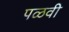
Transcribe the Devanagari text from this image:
पळवी